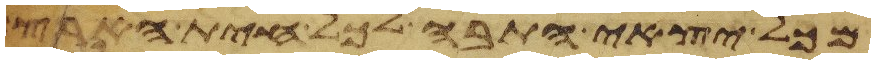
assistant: מכל יצאי התבה לכל חית הארץ